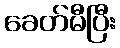
ခေတ်မီပြီး